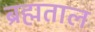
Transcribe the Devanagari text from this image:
ब्रह्मताल